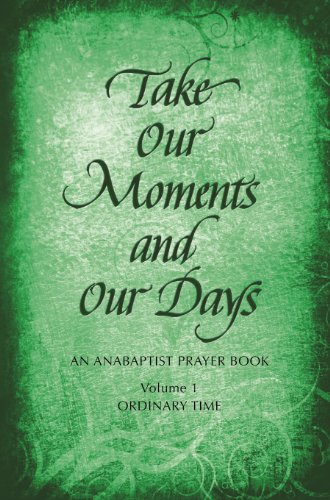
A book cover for Take Our Moments and Our Days Volume 1; LEATHERETTE; Christian Books & Bibles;